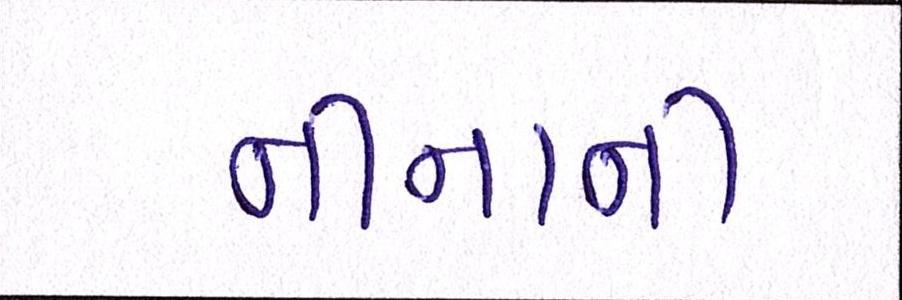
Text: નીનાની